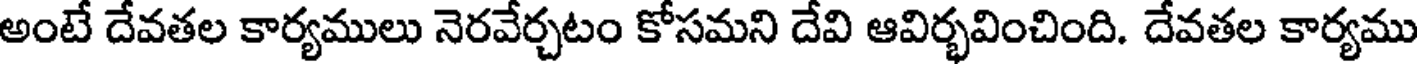
అంటే దేవతల కార్యములు నెరవేర్చటం కోసమని దేవి ఆవిర్భవించింది. దేవతల కార్యము